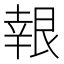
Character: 𮎙